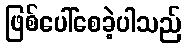
ဖြစ်ပေါ်စေခဲ့ပါသည်